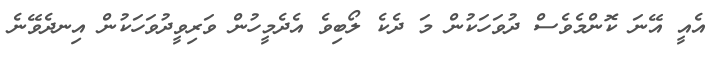
އެއީ އޭނަ ކޮންމެވެސް ދުވަހަކުން މަ ދެކެ ލޯބިވެ އެދެމީހުން ވަރިވީދުވަހަކުން އިނދެވޭނެ